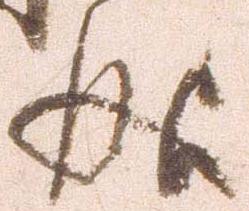
成